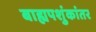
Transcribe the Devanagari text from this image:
बाह्यपशुंकांतर